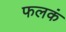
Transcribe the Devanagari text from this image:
फलकं